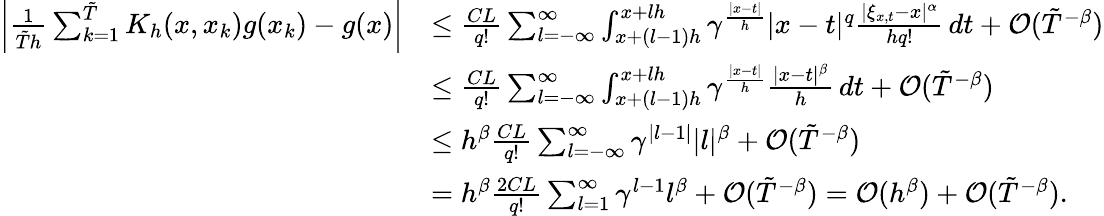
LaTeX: \begin{array}{rl}{\left|\frac{1}{\tilde{T}h}\sum_{k=1}^{\tilde{T}}K_{h}(x,x_{k})g(x_{k})-g(x)\right|}&{\leq\frac{CL}{q!}\sum_{l=-\infty}^{\infty}\int_{x+(l-1)h}^{x+lh}\gamma^{\frac{|x-t|}{h}}|x-t|^{q}\frac{|\xi_{x,t}-x|^{\alpha}}{hq!}\, dt+\mathcal{O}(\tilde{T}^{-\beta})}\\ &{\leq\frac{CL}{q!}\sum_{l=-\infty}^{\infty}\int_{x+(l-1)h}^{x+lh}\gamma^{\frac{|x-t|}{h}}\frac{|x-t|^{\beta}}{h}\, dt+\mathcal{O}(\tilde{T}^{-\beta})}\\ &{\leq h^{\beta}\frac{CL}{q!}\sum_{l=-\infty}^{\infty}\gamma^{|l-1|}|l|^{\beta}+\mathcal{O}(\tilde{T}^{-\beta})}\\ &{=h^{\beta}\frac{2CL}{q!}\sum_{l=1}^{\infty}\gamma^{l-1}l^{\beta}+\mathcal{O}(\tilde{T}^{-\beta})=\mathcal{O}(h^{\beta})+\mathcal{O}(\tilde{T}^{-\beta}).}\end{array}